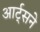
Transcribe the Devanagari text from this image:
आर्ट्‌सने